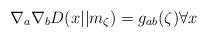
LaTeX: \begin{align*}\nabla_a \nabla_b D(x||m_\zeta) &= g_{ab}(\zeta) \forall x \end{align*}